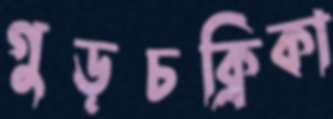
গুড়চক্রিকা